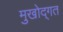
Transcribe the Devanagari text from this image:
मुखोद्गत